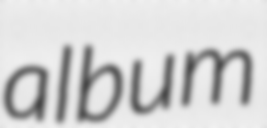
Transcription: album